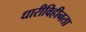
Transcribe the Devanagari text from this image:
धारीविहीनता